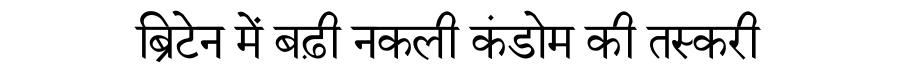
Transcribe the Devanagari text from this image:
ब्रिटेन में बढ़ी नकली कंडोम की तस्करी